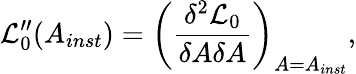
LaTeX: {\cal L}_{0}^{\prime\prime}(A_{inst})=\left(\frac{\delta^{2}{\cal L}_{0}}{\delta A\delta A}\right)_{A=A_{inst}},